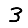
Digit: 3